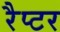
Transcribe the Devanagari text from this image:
रैप्‍टर